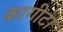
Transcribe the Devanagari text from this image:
कागीटा